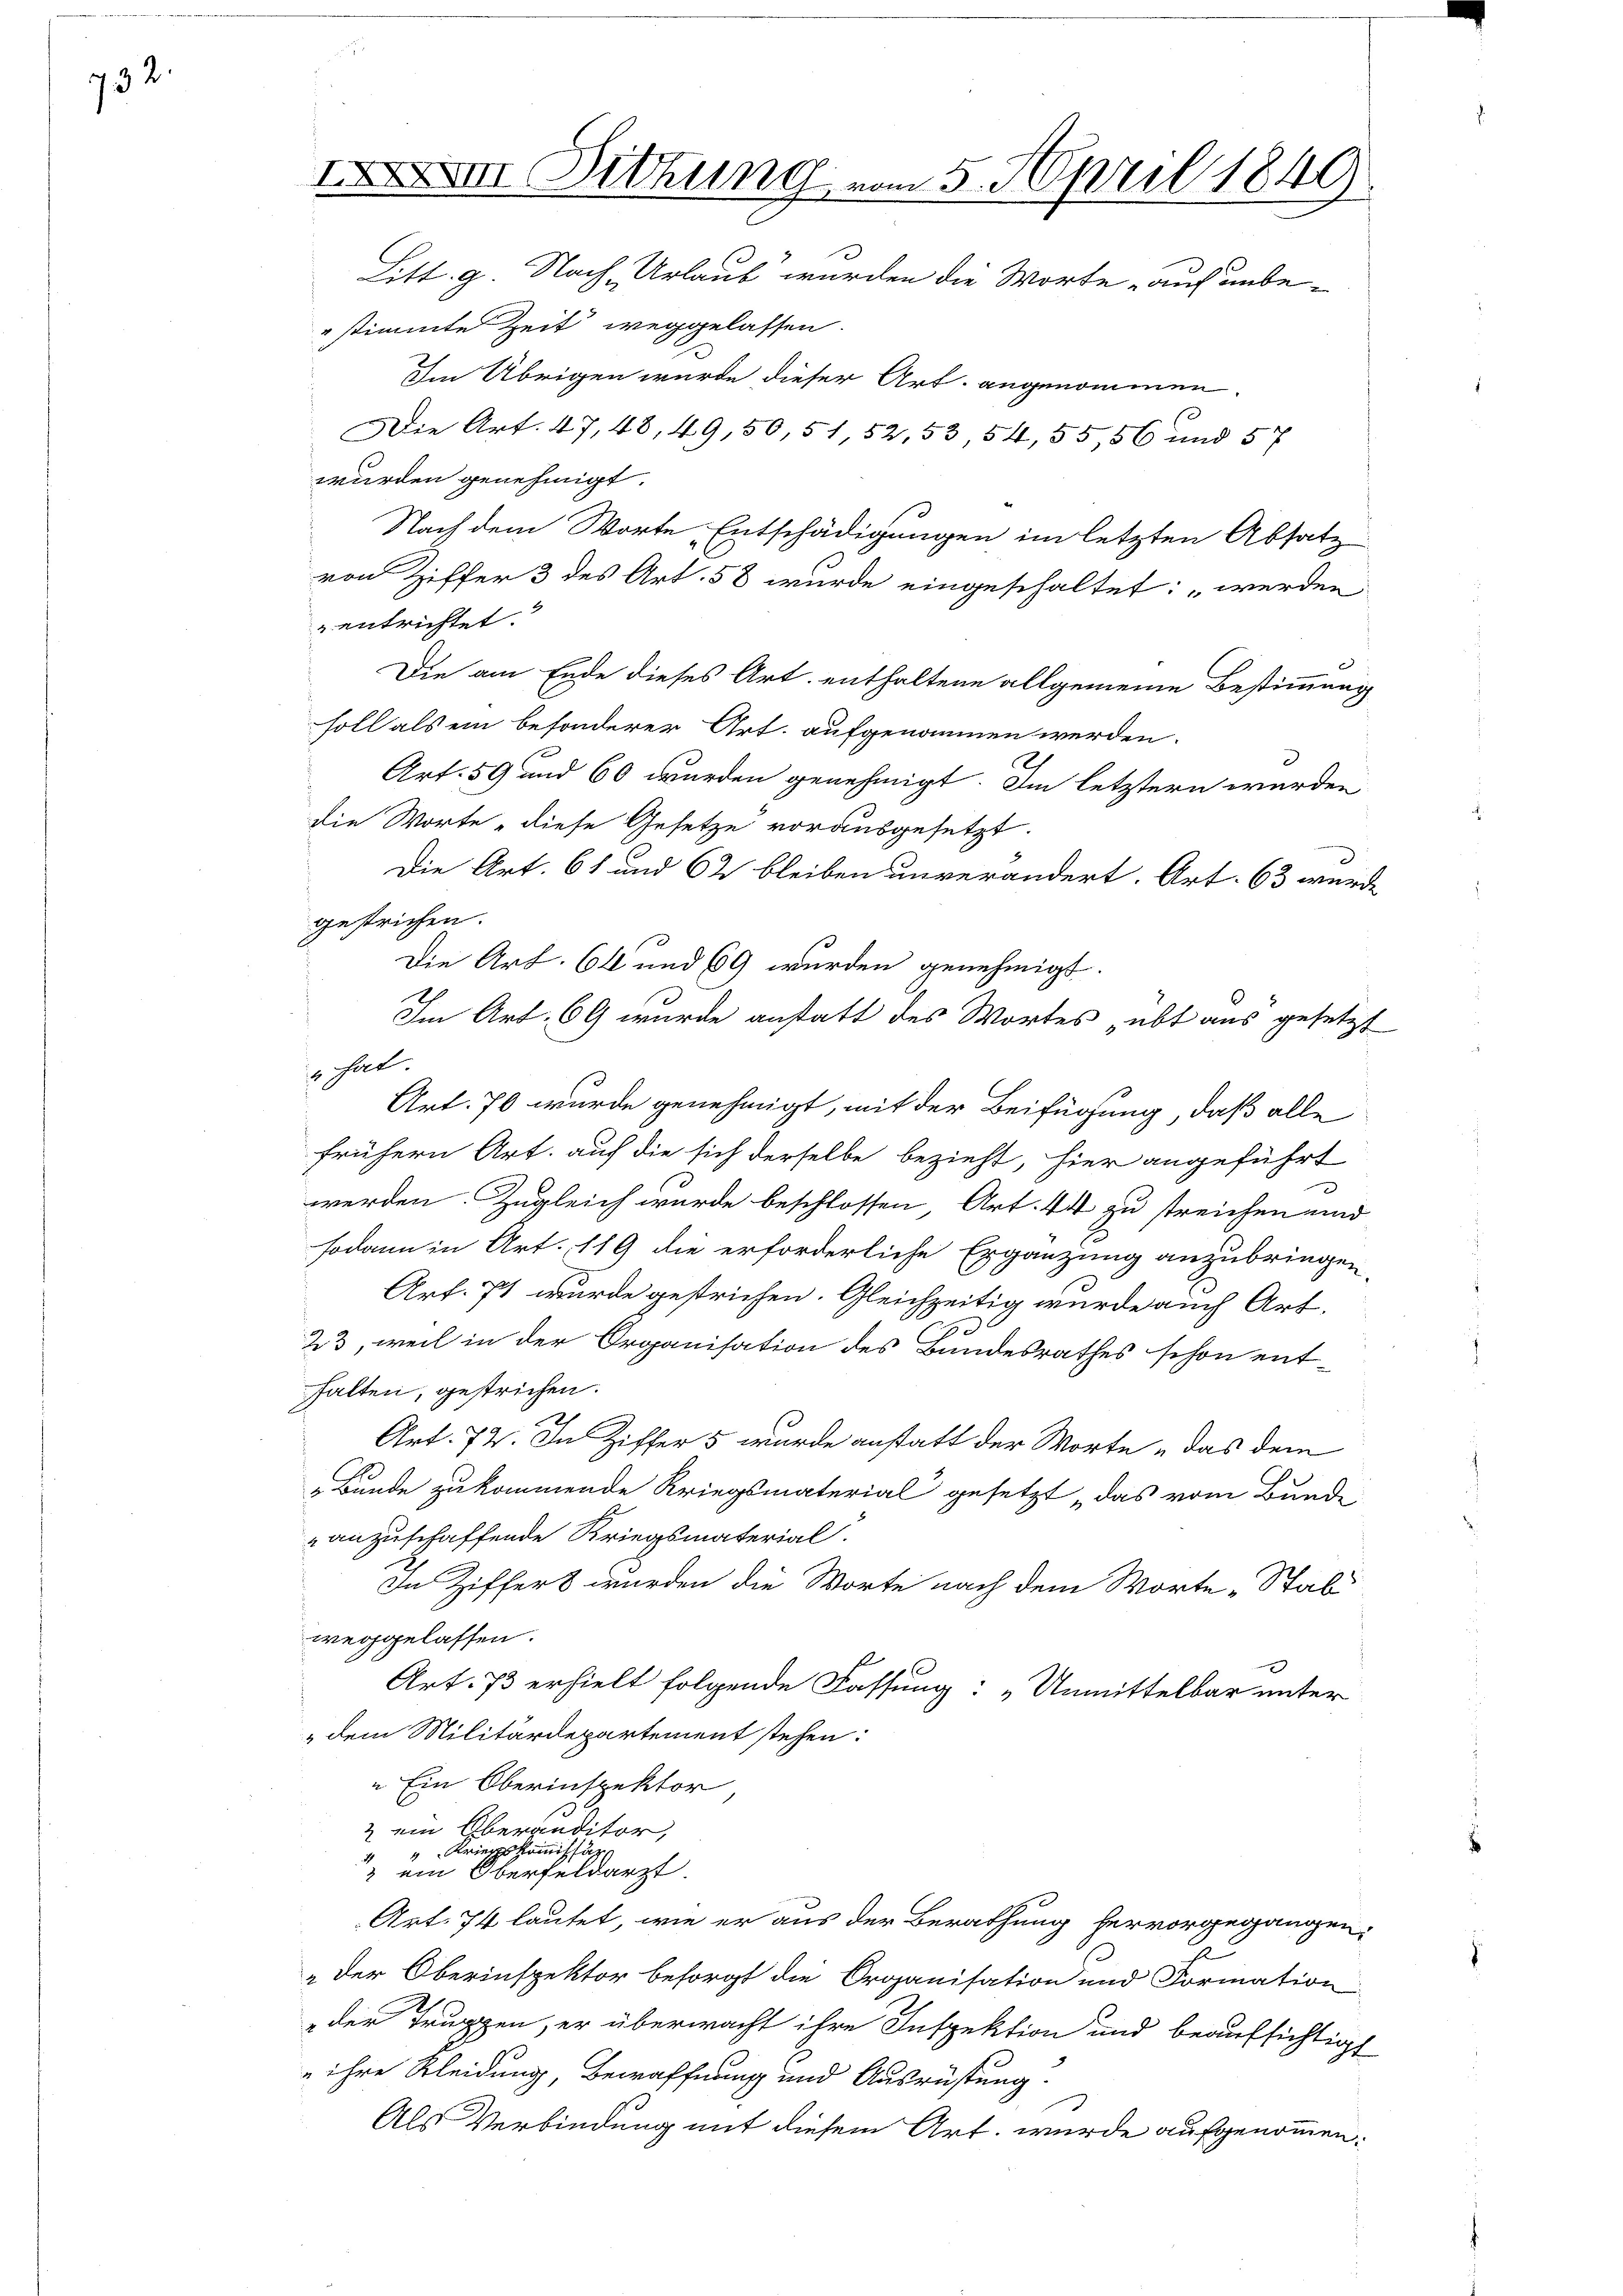
732

Dittung vom 5. April 1849.
Litt. g. Nach Urlaub wurden die Worte auf unbe¬

stimmte Zeit weggelassen.
Im Übrigen wurde dieser Art. angenommen.
Die Art. 47, 48, 49,50,51,52,53, 54, 55, 56 und 57
wurden genehmigt.
Nach dem Worte Entschädigungen im letzten Absatz
von Ziffer 3 des Art. 58 wurde eingeschaltet: „werden
entrichtet.
Die am Ende dieses Art. enthaltene allgemeine Bestimmung
soll als ein besonderer Art. aufgenommen werden.
Art. 59 und 60 wurden genehmigt. Im letztern wurden
die Worte, diese Gesetze vorausgesetzt.
Die Art. 61 und 62 bleiben unverändert. Art. 63 wurde
gestrichen.
Die Art. 64 und 609 wurden genehmigt.
Im Art. 69 wurde anstatt des Wortes übt aus gesetzt
i hat.
Art. 76 wurde genehmigt, mit der Beifügung, daß alle
frühern Art. auf die sich derselbe bezieht, hier angeführt
werden. Zugleich wurde beschlossen, Art. 44 zu streichen und
sodann in Art. 119 die erforderliche Ergänzung anzubringen
Art. 71 wurde gestrichen. Gleichzeitig wurde auch Art.
0
23, weil in der Organisation des Bandesrathes schon ent-
falten, gestrichen.
2)
Art. 72. In Ziffer 5 wurde anstatt der Worte „das dem
„Bunde zu kommende Kriegsmaterial gesetzt, das vom Bunde
anzuschaffende Kriegsmaterial.
In Ziffers wurden die Worte nach dem Worte „Stab
weggelassen.
Art. 73 erhielt folgende Fassung: „Unmittelbar unter
dem Militärdepartement stehen:
" Ein Oberinspektor
2 ein Oberanditor,
Kriegskommissan
 ein Oberfeldarzt.
Art. 74 lautet, wie er aus der Berathung hervorgegangen.
J
" der Oberinspektor besorgt die Organisation und Formation
der Truppen, er überwacht ihre Inspektion und beaufsichtigt
 ihre Kleidung, Bewaffnung und Ausrüstung.
Als Verbindung mit diesem Art. wurde aufgenommen: